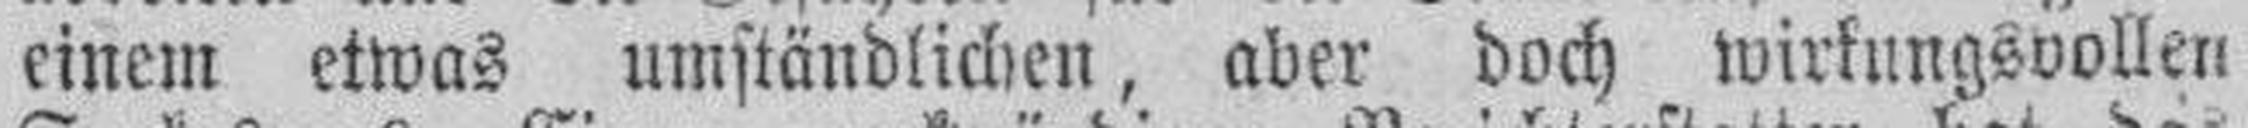
einem etwas umständlichen, aber doch wirkungsvollen